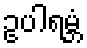
ဥပါရမ္ဘံ